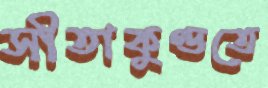
সীতাকুণ্ডতে